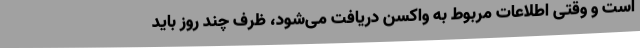
است و وقتی اطلاعات مربوط به واکسن دریافت می‌شود، ظرف چند روز باید